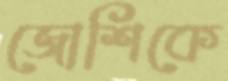
জোশিকে